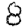
Digit: 8